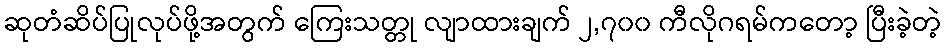
ဆုတံဆိပ်ပြုလုပ်ဖို့အတွက် ကြေးသတ္တု လျာထားချက် ၂,၇၀၀ ကီလိုဂရမ်ကတော့ ပြီးခဲ့တဲ့